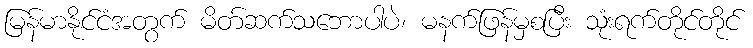
မြန်မာနိုင်ငံအတွက် မိတ်ဆက်သဘောပါပဲ၊ မနက်ဖြန်မှစပြီး သုံးရက်တိုင်တိုင်